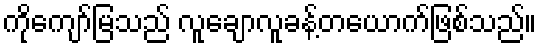
ကိုကျော်မြသည် လူချောလူခန့်တယောက်ဖြစ်သည်။